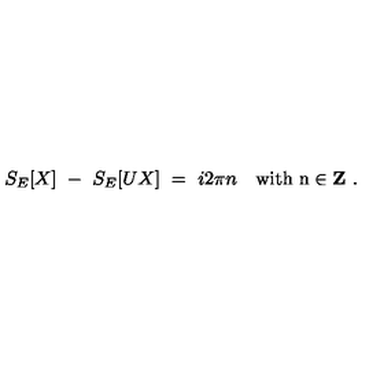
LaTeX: S _ { E } [ X ] \ - \ S _ { E } [ U X ] \ = \ i 2 \pi n \quad \mathrm { w i t h \ n \in { \bf Z } } \ .